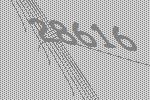
28616